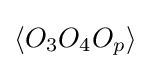
\left\langle O_{3}O_{4}O_{p}\right\rangle